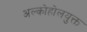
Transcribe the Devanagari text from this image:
अल्कोहोलयुक्त